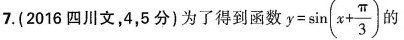
7.(2016四川文，4，5分)为了得到函数 $$y = \sin ( x + \frac { \pi } { 3 } )$$ 的